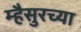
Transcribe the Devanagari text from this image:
म्हैसुरच्या